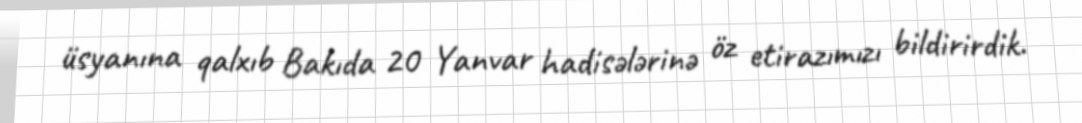
üsyanına qalxıb Bakıda 20 Yanvar hadisələrinə öz etirazımızı bildirirdik.